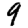
Digit: 9